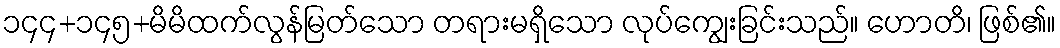
၁၄၄+၁၄၅+မိမိထက်လွန်မြတ်သော တရားမရှိသော လုပ်ကျွေးခြင်းသည်။ ဟောတိ၊ ဖြစ်၏။